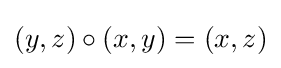
(y,z)\circ (x,y)=(x,z)